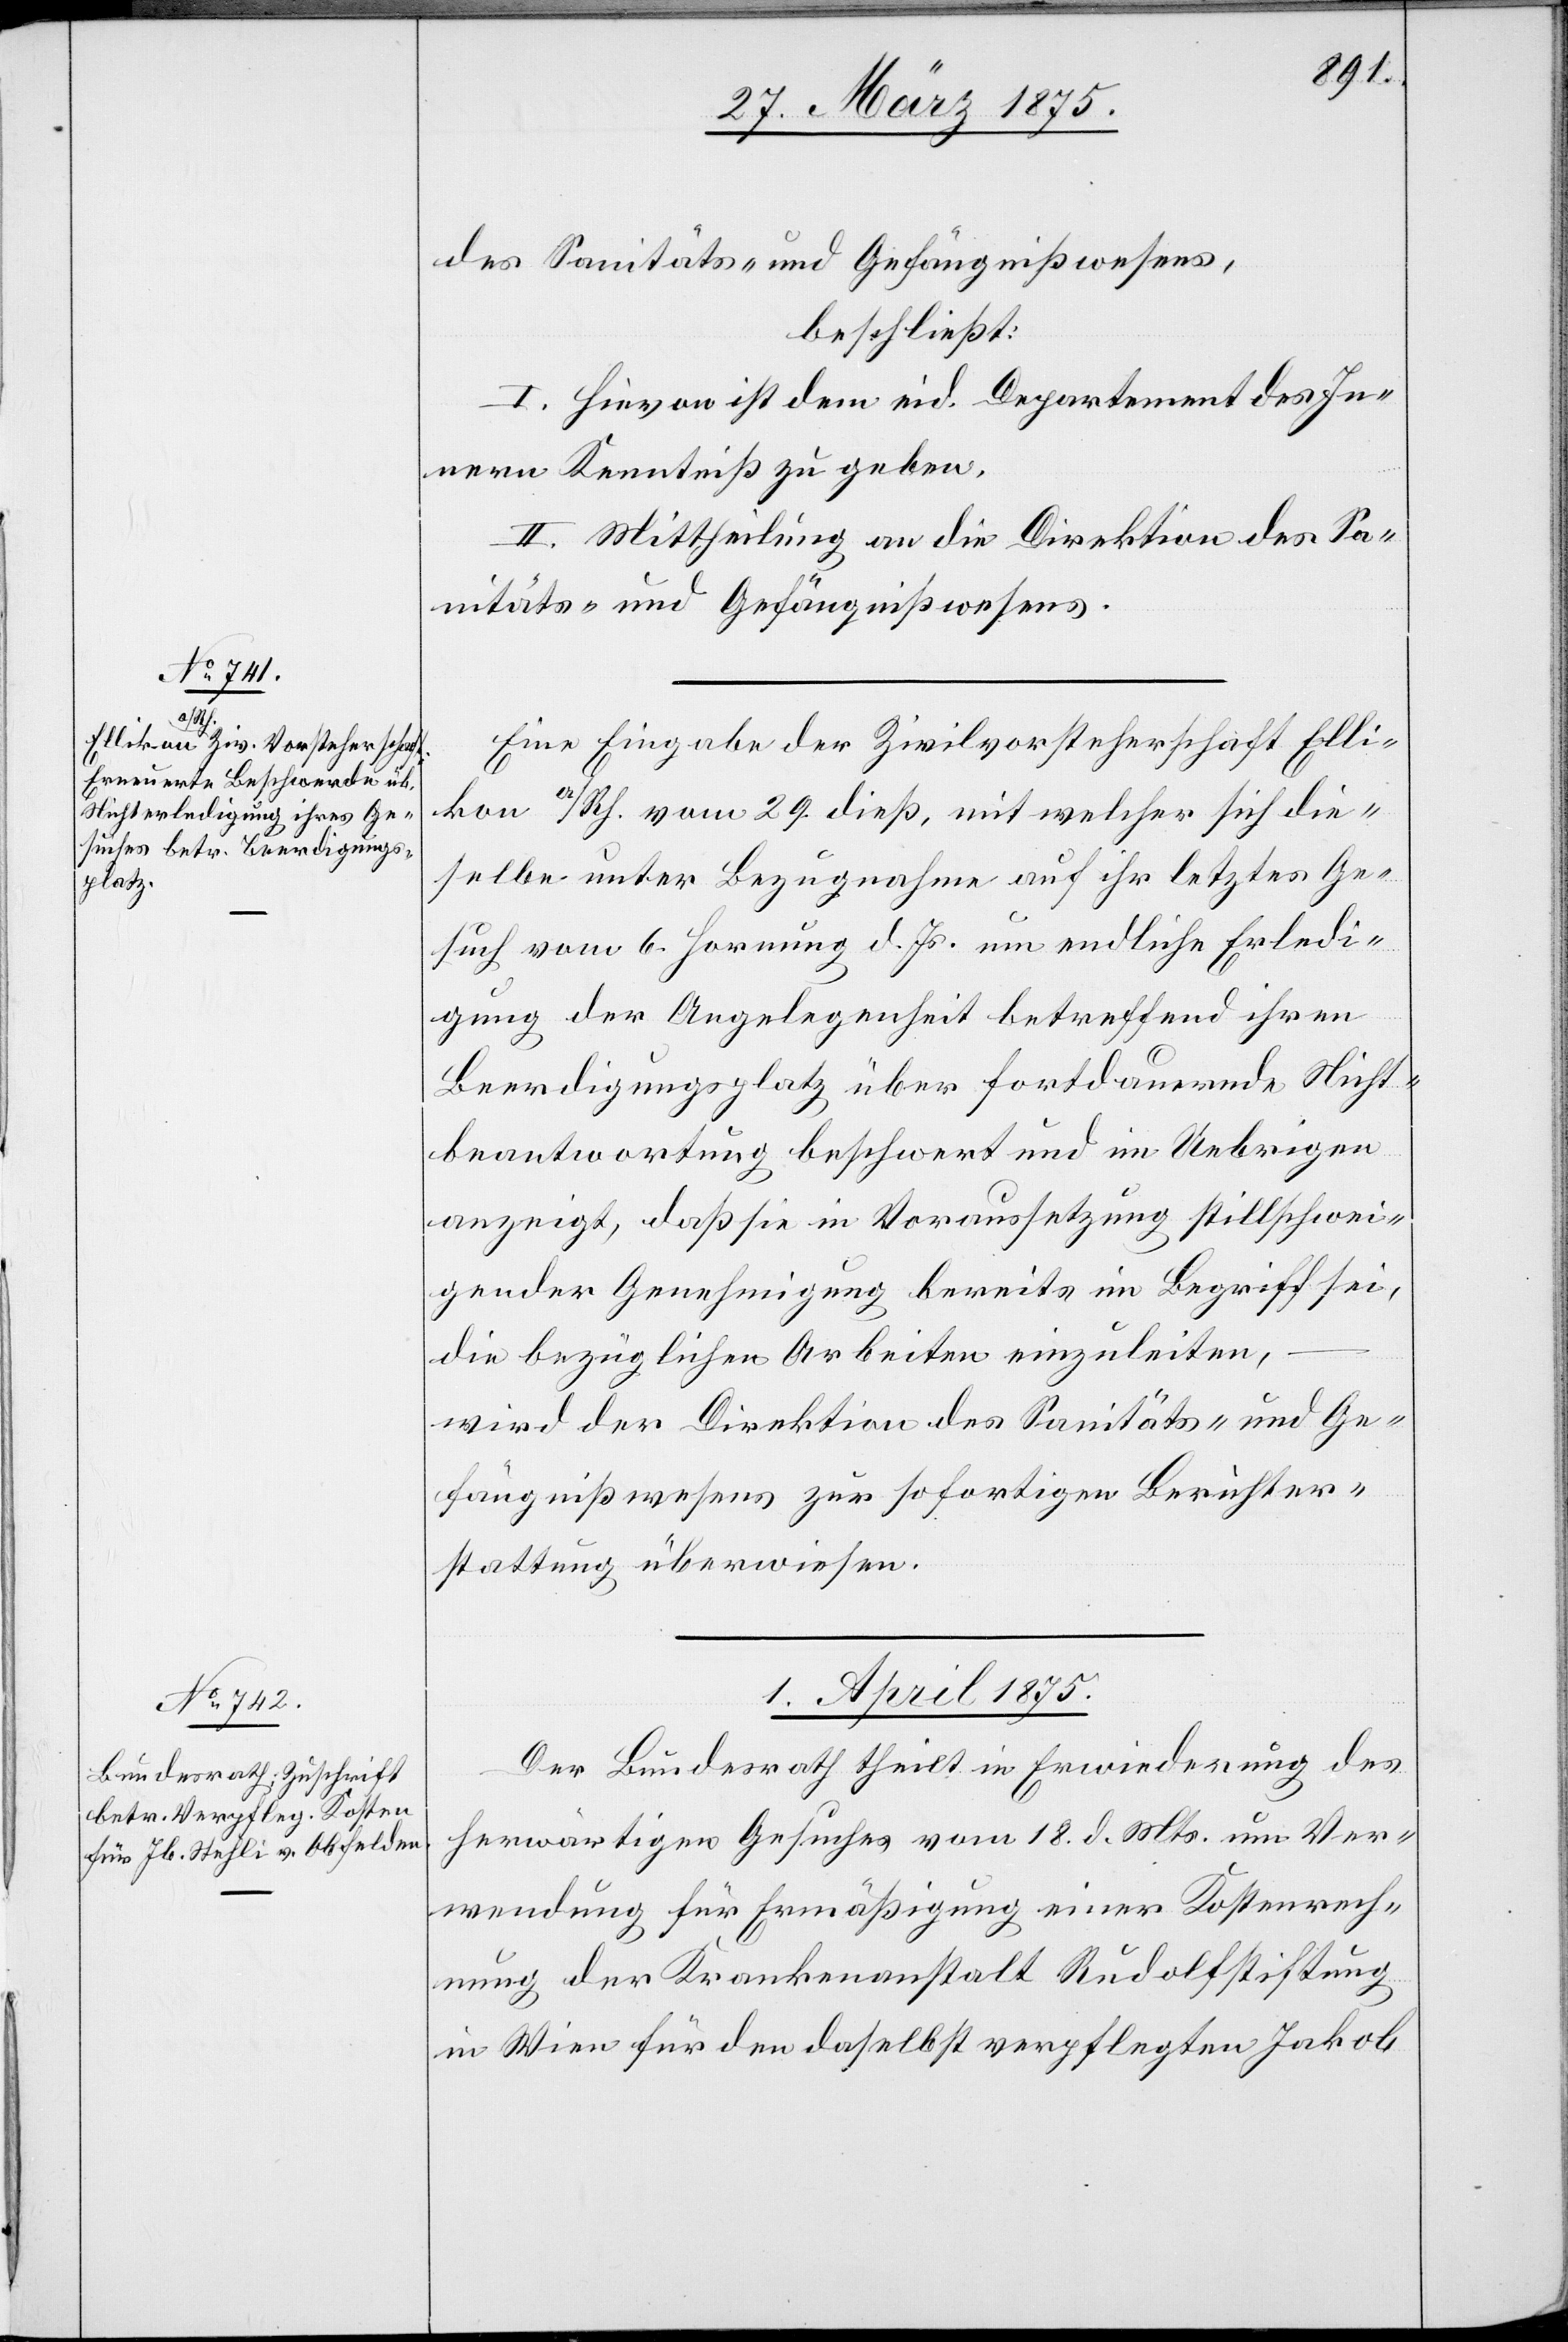
31. März 1875.]
des Sanitäts- und Gefängnißwesens,
beschließt:
I. Hievon ist dem eid. Departement des In¬
nern Kenntniß zu geben.
II. Mittheilung an die Direktion des Sa¬
nitäts- und Gefängnißwesens.
Eine Eingabe der Zivilvorsteherschaft Elli¬
kon a/Rh. vom 29. dieß, mit welcher sich die¬
selbe unter Bezugnahme auf ihr letztes Ge¬
such vom 6. Hornung d. Js um endliche Erledi¬
gung der Angelegenheit betreffend ihren
Beerdigungsplatz über fortdauernde Nicht¬
beantwortung beschwert und im Uebrigen
anzeigt daß sie in Voraussetzung stillschwei¬
gender Genehmigung bereits im Begriff sei,
die bezüglichen Arbeiten einzuleiten,
wird der Direktion des Sanitäts- und Ge¬
fängnißwesens zur sofortigen Berichter¬
stattung überwiesen.
1. April 1875.
Der Bundesrath theilt in Erwiederung des
herwärtigen Gesuches vom 18. d. Mts. um Ver¬
wendung für Ermäßigung einer Kostenrech¬
nung der Krankenanstalt Rudolfstiftung
in Wien für den daselbst verpflegten Jakob